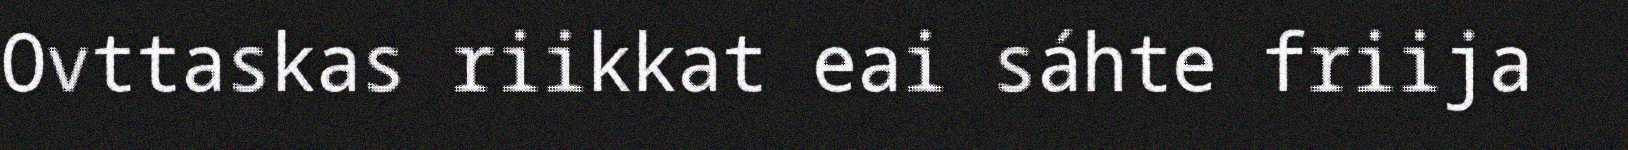
Ovttaskas riikkat eai sáhte friija